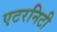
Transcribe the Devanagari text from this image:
एटरनिटी